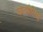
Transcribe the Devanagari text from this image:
कठबोलियों